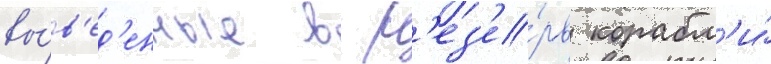
вы́в'ед'енные в р'ез'е́рв корабл'и́